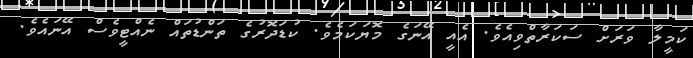
ކަމީލާ ވަރަށް ސަކަރާތްވިއެވެ. އެއީ އޭނަގެ މޮޔަކަމެވެ. ކުޑަދޮރުގެ ތަންޑުތައް ނެއްޓީވެސް އޭނައެވެ.